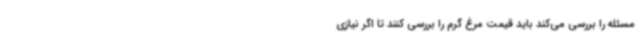
مسئله را بررسی می‌کند باید قیمت مرغ گرم را بررسی کنند تا اگر نیازی